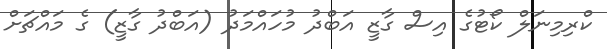
ކްރިމިނަލް ކޯޓުގެ އިސް ގާޒީ އަބްދު މުހައްމަދު (އަބްދު ގާޒީ) ގެ މައްޗަށް